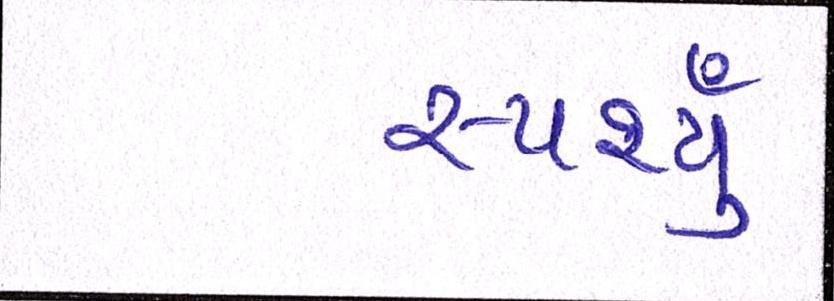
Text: સ્પર્શ્યું